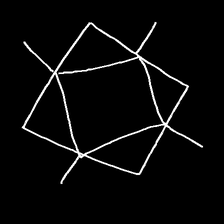
Glyph: light